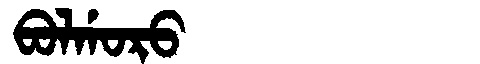
Manchu: ᠪᠣᠯᡤᠣᡵᠣ
Romanization: BOLGORO